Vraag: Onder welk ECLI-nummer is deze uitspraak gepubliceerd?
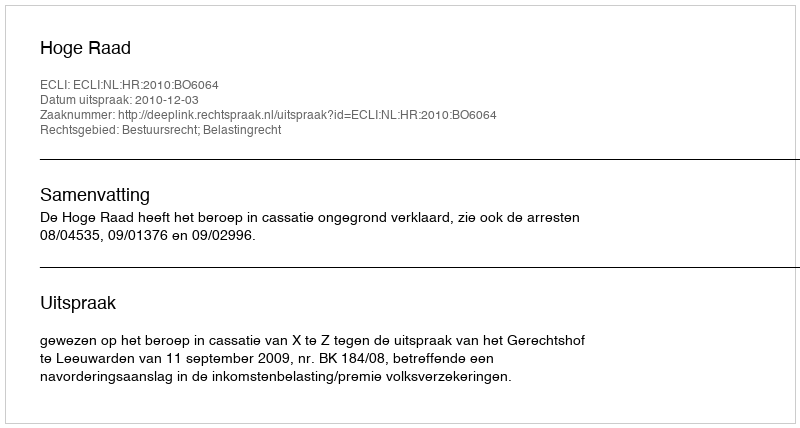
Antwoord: ECLI:NL:HR:2010:BO6064